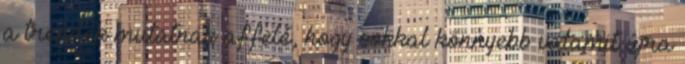
a trendek mutatnak affelé, hogy sokkal könnyebb valamit újra